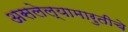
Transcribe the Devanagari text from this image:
असलेल्यामारुतीचे